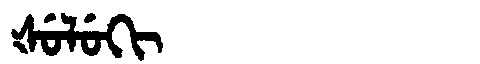
Manchu: ᡧᡠᠯᡠᡴᡳ
Romanization: ŠULUKI